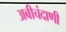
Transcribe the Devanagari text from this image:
अबीचंदाणी